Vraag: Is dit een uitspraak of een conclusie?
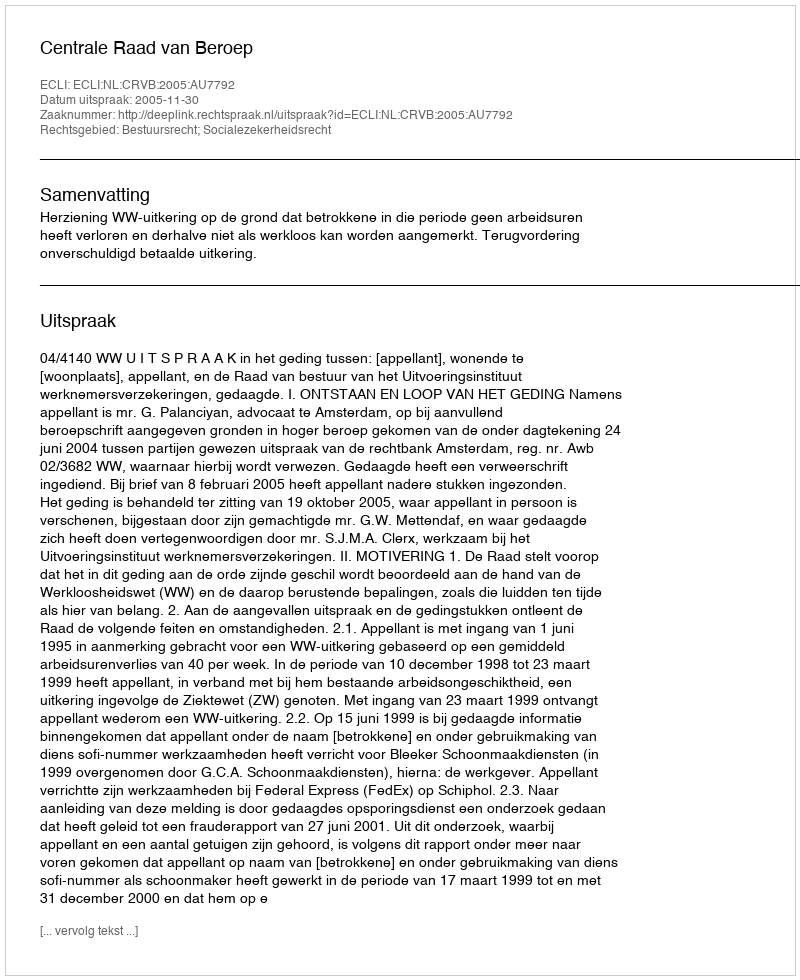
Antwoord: Uitspraak